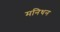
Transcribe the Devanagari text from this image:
मनिथन